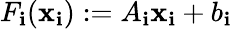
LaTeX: F_{\mathbf{i}}({\mathbf{x}}_{\mathbf{i}}):=A_{\mathbf{i}}{\mathbf{x}}_{\mathbf{i}}+b_{\mathbf{i}}